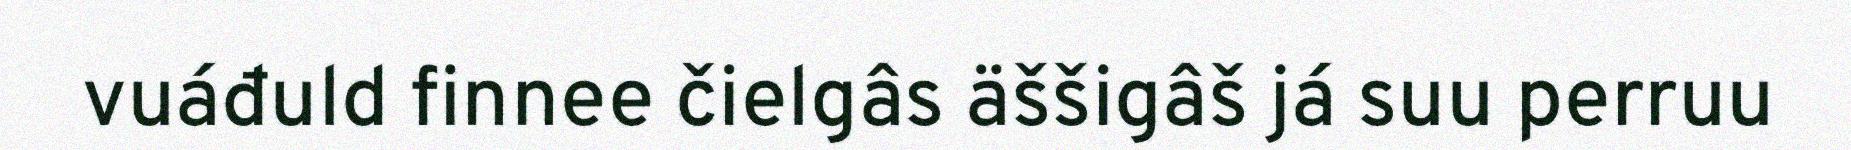
vuáđuld finnee čielgâs äššigâš já suu perruu